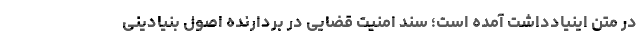
در متن اینیادداشت آمده است؛ سند امنیت قضایی در بردارنده اصول بنیادینی